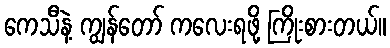
ကေသီနဲ့ ကျွန်တော် ကလေးရဖို့ ကြိုးစားတယ်။